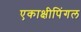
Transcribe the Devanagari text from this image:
एकाक्षीपिंगल